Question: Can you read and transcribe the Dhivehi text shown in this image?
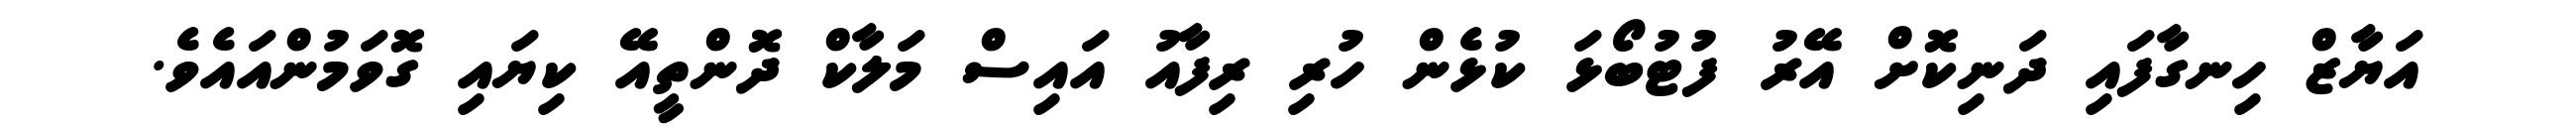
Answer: އަޔާޒް ހިނގާފައި ދަނިކޮށް އޭރު ފުޓުބޯޅަ ކުޅެން ހުރި ރިފާއު އައިސް މަލާކް ދޮންތީއޭ ކިޔައި ގޮވަމުންއައެވެ.